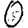
Digit: 0